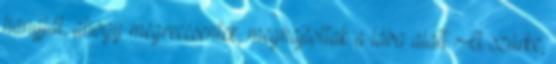
hangját, ahogy megreccsentek, meghajlottak a lába alatt. A szürke,